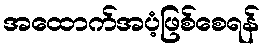
အထောက်အပံ့ဖြစ်စေရန်